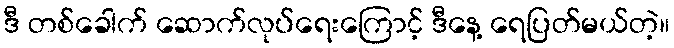
ဒီ တစ်ခေါက် ဆောက်လုပ်ရေးကြောင့် ဒီနေ့ ရေပြတ်မယ်တဲ့။